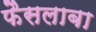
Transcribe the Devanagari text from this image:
फैसलाबा